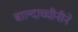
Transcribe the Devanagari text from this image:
बाल्दाच्चीनीने